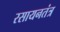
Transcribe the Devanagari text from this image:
रसायनतंत्र